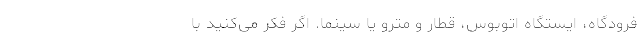
فرودگاه، ایستگاه اتوبوس، قطار و مترو یا سینما. اگر فکر می‌کنید با